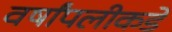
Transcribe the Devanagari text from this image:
वर्षांपलीकडे